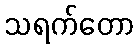
သရက်တော